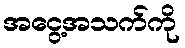
အငွေ့အသက်ကို